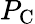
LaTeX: P_{\mathrm{C}}